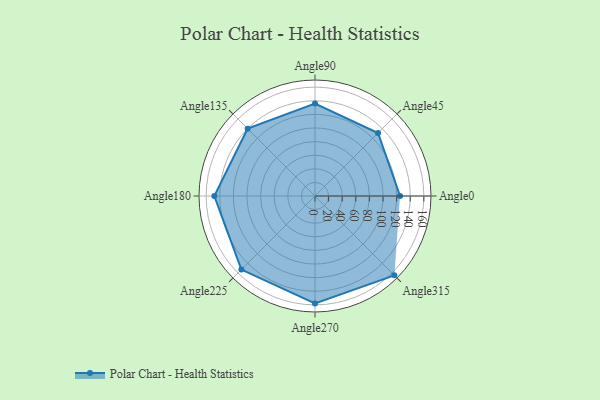
{"axis": {"x": "Angle", "y": "Radius"}, "legend": [""], "data": [{"x": "Angle0", "y": 125.0, "type": ""}, {"x": "Angle45", "y": 131.0, "type": ""}, {"x": "Angle90", "y": 136.0, "type": ""}, {"x": "Angle135", "y": 140.0, "type": ""}, {"x": "Angle180", "y": 148.0, "type": ""}, {"x": "Angle225", "y": 153.0, "type": ""}, {"x": "Angle270", "y": 158.0, "type": ""}, {"x": "Angle315", "y": 165.0, "type": ""}]}